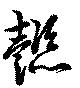
懿